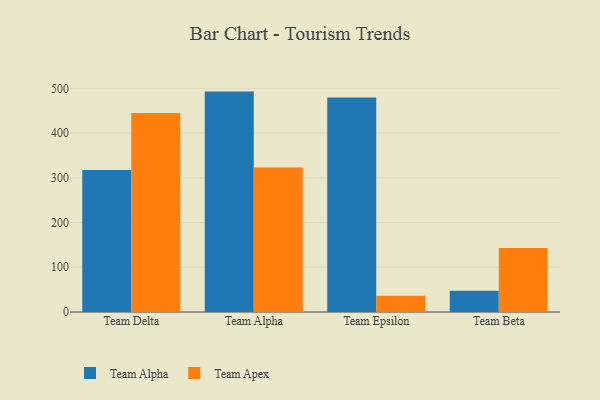
{"axis": {"x": "Team", "y": "Shipments"}, "legend": ["Team Alpha", "Team Apex"], "data": [{"x": "Team Delta", "y": 317.3, "type": "Team Alpha"}, {"x": "Team Delta", "y": 444.8, "type": "Team Apex"}, {"x": "Team Alpha", "y": 492.8, "type": "Team Alpha"}, {"x": "Team Alpha", "y": 323.3, "type": "Team Apex"}, {"x": "Team Epsilon", "y": 479.8, "type": "Team Alpha"}, {"x": "Team Epsilon", "y": 36.4, "type": "Team Apex"}, {"x": "Team Beta", "y": 47.3, "type": "Team Alpha"}, {"x": "Team Beta", "y": 143.0, "type": "Team Apex"}]}